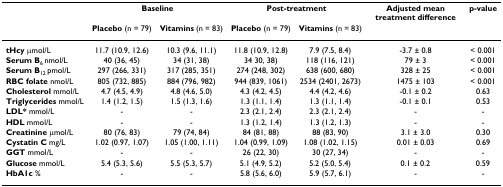
<table><thead><tr><td></td><td colspan="2"><b>Baseline</b></td><td colspan="2"><b>Post-treatment</b></td><td><b>Adjusted mean treatment difference</b></td><td><b>p-value</b></td></tr><tr><td></td><td><b>Placebo (n = 79)</b></td><td><b>Vitamins (n = 83)</b></td><td><b>Placebo (n = 79)</b></td><td><b>Vitamins (n = 83)</b></td><td></td><td></td></tr></thead><tbody><tr><td><b>tHcy </b>μmol/L</td><td>11.7 (10.9, 12.6)</td><td>10.3 (9.6, 11.1)</td><td>11.8 (10.9, 12.8)</td><td>7.9 (7.5, 8.4)</td><td>-3.7 ± 0.8</td><td>&lt; 0.001</td></tr><tr><td><b>Serum B</b><sub>6 </sub>nmol/L</td><td>40 (36, 45)</td><td>34 (31, 38)</td><td>34 30, 38)</td><td>118 (116, 121)</td><td>79 ± 3</td><td>&lt; 0.001</td></tr><tr><td><b>Serum B</b><sub>12 </sub>pmol/L</td><td>297 (266, 331)</td><td>317 (285, 351)</td><td>274 (248, 302)</td><td>638 (600, 680)</td><td>328 ± 25</td><td>&lt; 0.001</td></tr><tr><td><b>RBC folate </b>nmol/L</td><td>805 (732, 885)</td><td>884 (796, 982)</td><td>944 (839, 1061)</td><td>2534 (2401, 2673)</td><td>1475 ± 103</td><td>&lt; 0.001</td></tr><tr><td><b>Cholesterol </b>mmol/L</td><td>4.7 (4.5, 4.9)</td><td>4.8 (4.6, 5.0)</td><td>4.3 (4.2, 4.5)</td><td>4.4 (4.2, 4.6)</td><td>-0.1 ± 0.2</td><td>0.63</td></tr><tr><td><b>Triglycerides </b>mmol/L</td><td>1.4 (1.2, 1.5)</td><td>1.5 (1.3, 1.6)</td><td>1.3 (1.1, 1.4)</td><td>1.3 (1.1, 1.4)</td><td>-0.1 ± 0.1</td><td>0.53</td></tr><tr><td><b>LDL* </b>mmol/L</td><td>-</td><td>-</td><td>2.3 (2.1, 2.4)</td><td>2.3 (2.1, 2.4)</td><td>-</td><td>-</td></tr><tr><td><b>HDL </b>mmol/L</td><td>-</td><td>-</td><td>1.3 (1.2, 1.4)</td><td>1.3 (1.2, 1.3)</td><td>-</td><td>-</td></tr><tr><td><b>Creatinine </b>μmol/L</td><td>80 (76, 83)</td><td>79 (74, 84)</td><td>84 (81, 88)</td><td>88 (83, 90)</td><td>3.1 ± 3.0</td><td>0.30</td></tr><tr><td><b>Cystatin C </b>mg/L</td><td>1.02 (0.97, 1.07)</td><td>1.05 (1.00, 1.11)</td><td>1.04 (0.99, 1.09)</td><td>1.08 (1.02, 1.15)</td><td>0.01 ± 0.03</td><td>0.69</td></tr><tr><td><b>GGT</b> mmol/L</td><td>-</td><td>-</td><td>26 (22, 30)</td><td>30 (27, 34)</td><td>-</td><td>-</td></tr><tr><td><b>Glucose </b>mmol/L</td><td>5.4 (5.3, 5.6)</td><td>5.5 (5.3, 5.7)</td><td>5.1 (4.9, 5.2)</td><td>5.2 (5.0, 5.4)</td><td>0.1 ± 0.2</td><td>0.59</td></tr><tr><td><b>HbA1c </b>%</td><td>-</td><td>-</td><td>5.8 (5.6, 6.0)</td><td>5.9 (5.7, 6.1)</td><td>-</td><td>-</td></tr></tbody></table>